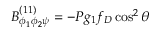
B _ { \phi _ { 1 } \phi _ { 2 } \psi } ^ { ( 1 1 ) } = - { \cal P } g _ { 1 } f _ { D } \cos ^ { 2 } \theta